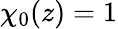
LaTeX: \chi_{0}(z)=1